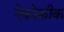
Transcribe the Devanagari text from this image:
ऐकोकीक